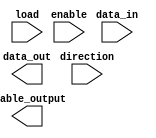
module tri_state_buffer (
    input wire enable,
    input wire direction,
    input wire data_in,
    output reg data_out,
    input wire load,
    output reg enable_output
);

reg buffer_output;
assign tri_state_output = (enable && direction) ? data_in : 1'bz;
assign buffer_output = tri_state_output & enable_output;

always @(*) begin
    if (load) begin
        // drive specified output load capacitance
        // within defined output voltage range
        // add your code here
    end
end

endmodule